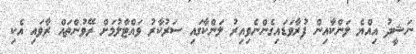
ނަޝީދު އިއްޔެ ލަންކާއިން ފުރާވަޑައިގެންނެވިއިރު ލަންކާގައި ސަރުކާރު ވައްޓާލުމަށް ރޭވުންތައް ރާވައި އެކި